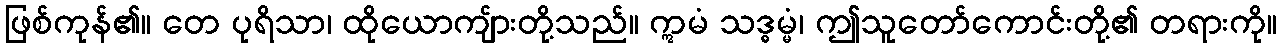
ဖြစ်ကုန်၏။ တေ ပုရိသာ၊ ထိုယောကျ်ားတို့သည်။ ဣမံ သဒ္ဓမ္မံ၊ ဤသူတော်ကောင်းတို့၏ တရားကို။